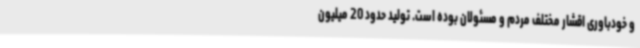
و خودباوری اقشار مختلف مردم و مسئولان بوده است. تولید حدود 20 میلیون